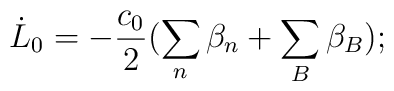
\dot L_{0} = -\frac{c_0}{2}(\sum_n\beta_n +\sum_B \beta_B);